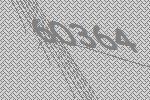
60364